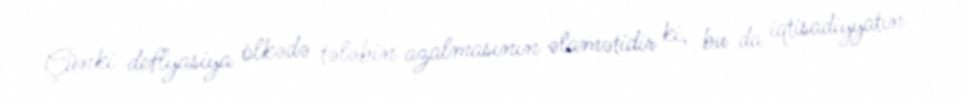
Çünki deflyasiya ölkədə tələbin azalmasının əlamətidir ki, bu da iqtisadiyyatın